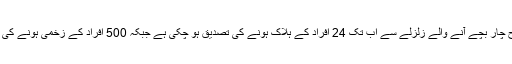
ہفتے کی صبح چار بچے آنے والے زلزلے سے اب تک 24 افراد کے ہلاک ہونے کی تصدیق ہو چکی ہے جبکہ 500 افراد کے زخمی ہونے کی اطلاعات ہیں۔